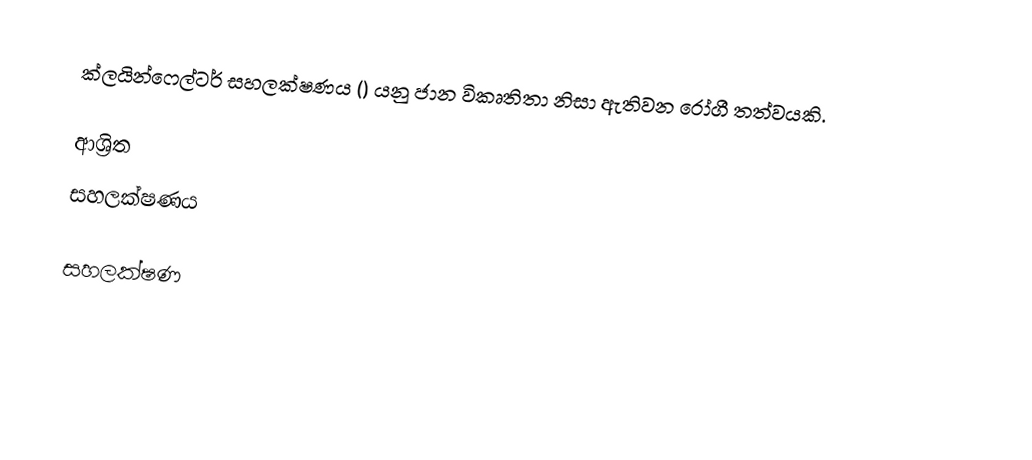
ක්ලයින්ෆෙල්ටර් සහලක්ෂණය () යනු ජාන විකෘතිතා නිසා ඇතිවන රෝගී තත්වයකි.

ආශ්‍රිත
 සහලක්ෂණය

සහලක්ෂණ